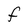
Character: F